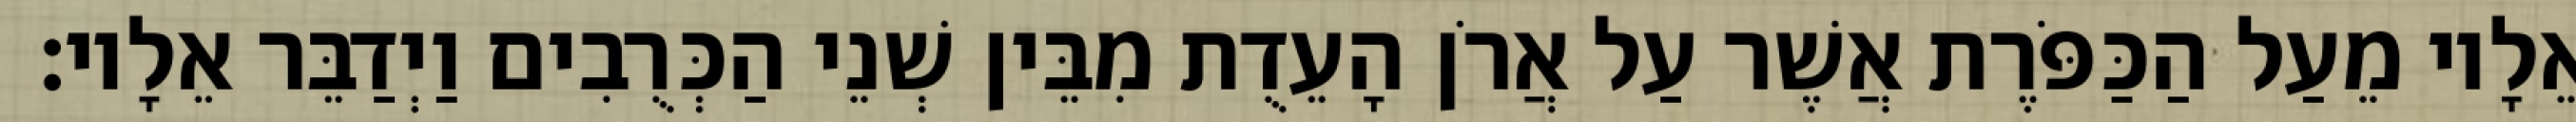
אֵלָיו מֵעַל הַכַּפֹּרֶת אֲשֶׁר עַל אֲרֹן הָעֵדֻת מִבֵּין שְׁנֵי הַכְּרֻבִים וַיְדַבֵּר אֵלָיו׃